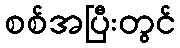
စစ်အပြီးတွင်